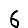
Digit: 6